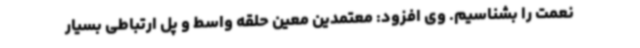
نعمت را بشناسیم. وی افزود: معتمدین معین حلقه واسط و پل ارتباطی بسیار